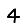
Digit: 4